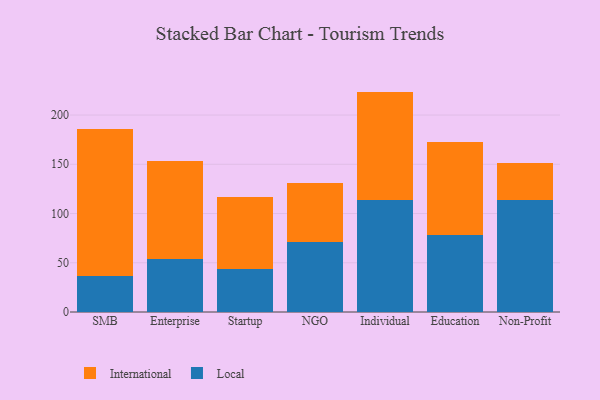
{"axis": {"x": "Segment", "y": "Operating Costs (USD K)"}, "legend": ["International", "Local"], "data": [{"x": "SMB", "y": 37.0, "type": "Local"}, {"x": "SMB", "y": 148.6, "type": "International"}, {"x": "Enterprise", "y": 53.8, "type": "Local"}, {"x": "Enterprise", "y": 99.2, "type": "International"}, {"x": "Startup", "y": 43.2, "type": "Local"}, {"x": "Startup", "y": 73.5, "type": "International"}, {"x": "NGO", "y": 71.1, "type": "Local"}, {"x": "NGO", "y": 60.0, "type": "International"}, {"x": "Individual", "y": 113.3, "type": "Local"}, {"x": "Individual", "y": 110.5, "type": "International"}, {"x": "Education", "y": 78.7, "type": "Local"}, {"x": "Education", "y": 94.2, "type": "International"}, {"x": "Non-Profit", "y": 113.5, "type": "Local"}, {"x": "Non-Profit", "y": 37.8, "type": "International"}]}